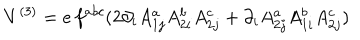
LaTeX: V ^ { ( 3 ) } = e \, f ^ { a b c } ( 2 \partial _ { i } A _ { 1 j } ^ { a } A _ { 2 i } ^ { b } A _ { 2 j } ^ { c } + \partial _ { i } A _ { 2 j } ^ { a } A _ { 1 i } ^ { b } A _ { 2 j } ^ { c } )